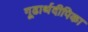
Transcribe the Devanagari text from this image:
गूढार्थदीपिका